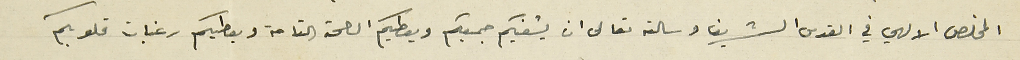
المخلص الالهي في القدس الشريف وسالته تعالى ان يشفيكم جميعكم ويعطيكم الصحة التامة وبعطيكم رغبات قلوبكم